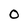
Character: 0